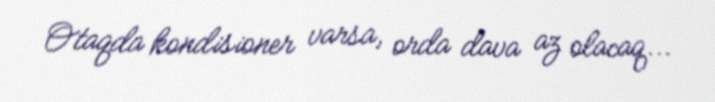
Otaqda kondisioner varsa, orda dava az olacaq...